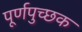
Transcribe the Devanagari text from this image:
पूर्णपुच्छक